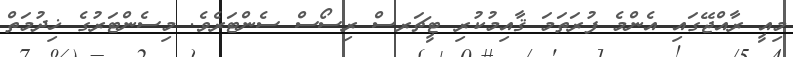
މިއީ ރާއްޖޭގައި އެންމެ ފުރަތަމަ ޤާއިމުކުރި ޓީޗަރސް ރިސޯސް ސެންޓަރެވެ. މިސެންޓަރުގެ ޚިދުމަތް